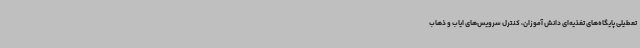
تعطیلی پایگاه‌های تغذیه‌ای دانش آموزان، کنترل سرویس‌های ایاب و ذهاب